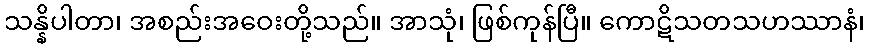
သန္နိပါတာ၊ အစည်းအဝေးတို့သည်။ အာသုံ၊ ဖြစ်ကုန်ပြီ။ ကောဋိသတသဟဿာနံ၊